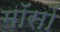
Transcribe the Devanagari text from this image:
मॉसों